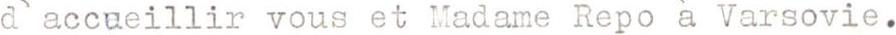
d`accueillir vous et Madame Repo à Varsovie.